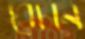
রেচনে